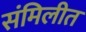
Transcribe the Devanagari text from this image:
संमिलीत